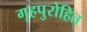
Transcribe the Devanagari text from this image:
गृहपुरोहित